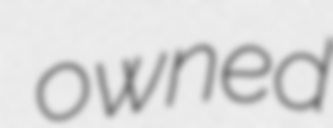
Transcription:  owned